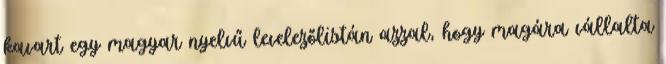
kavart egy magyar nyelvű levelezőlistán azzal, hogy magára vállalta